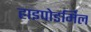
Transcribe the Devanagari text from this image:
हाइपोडर्मिल